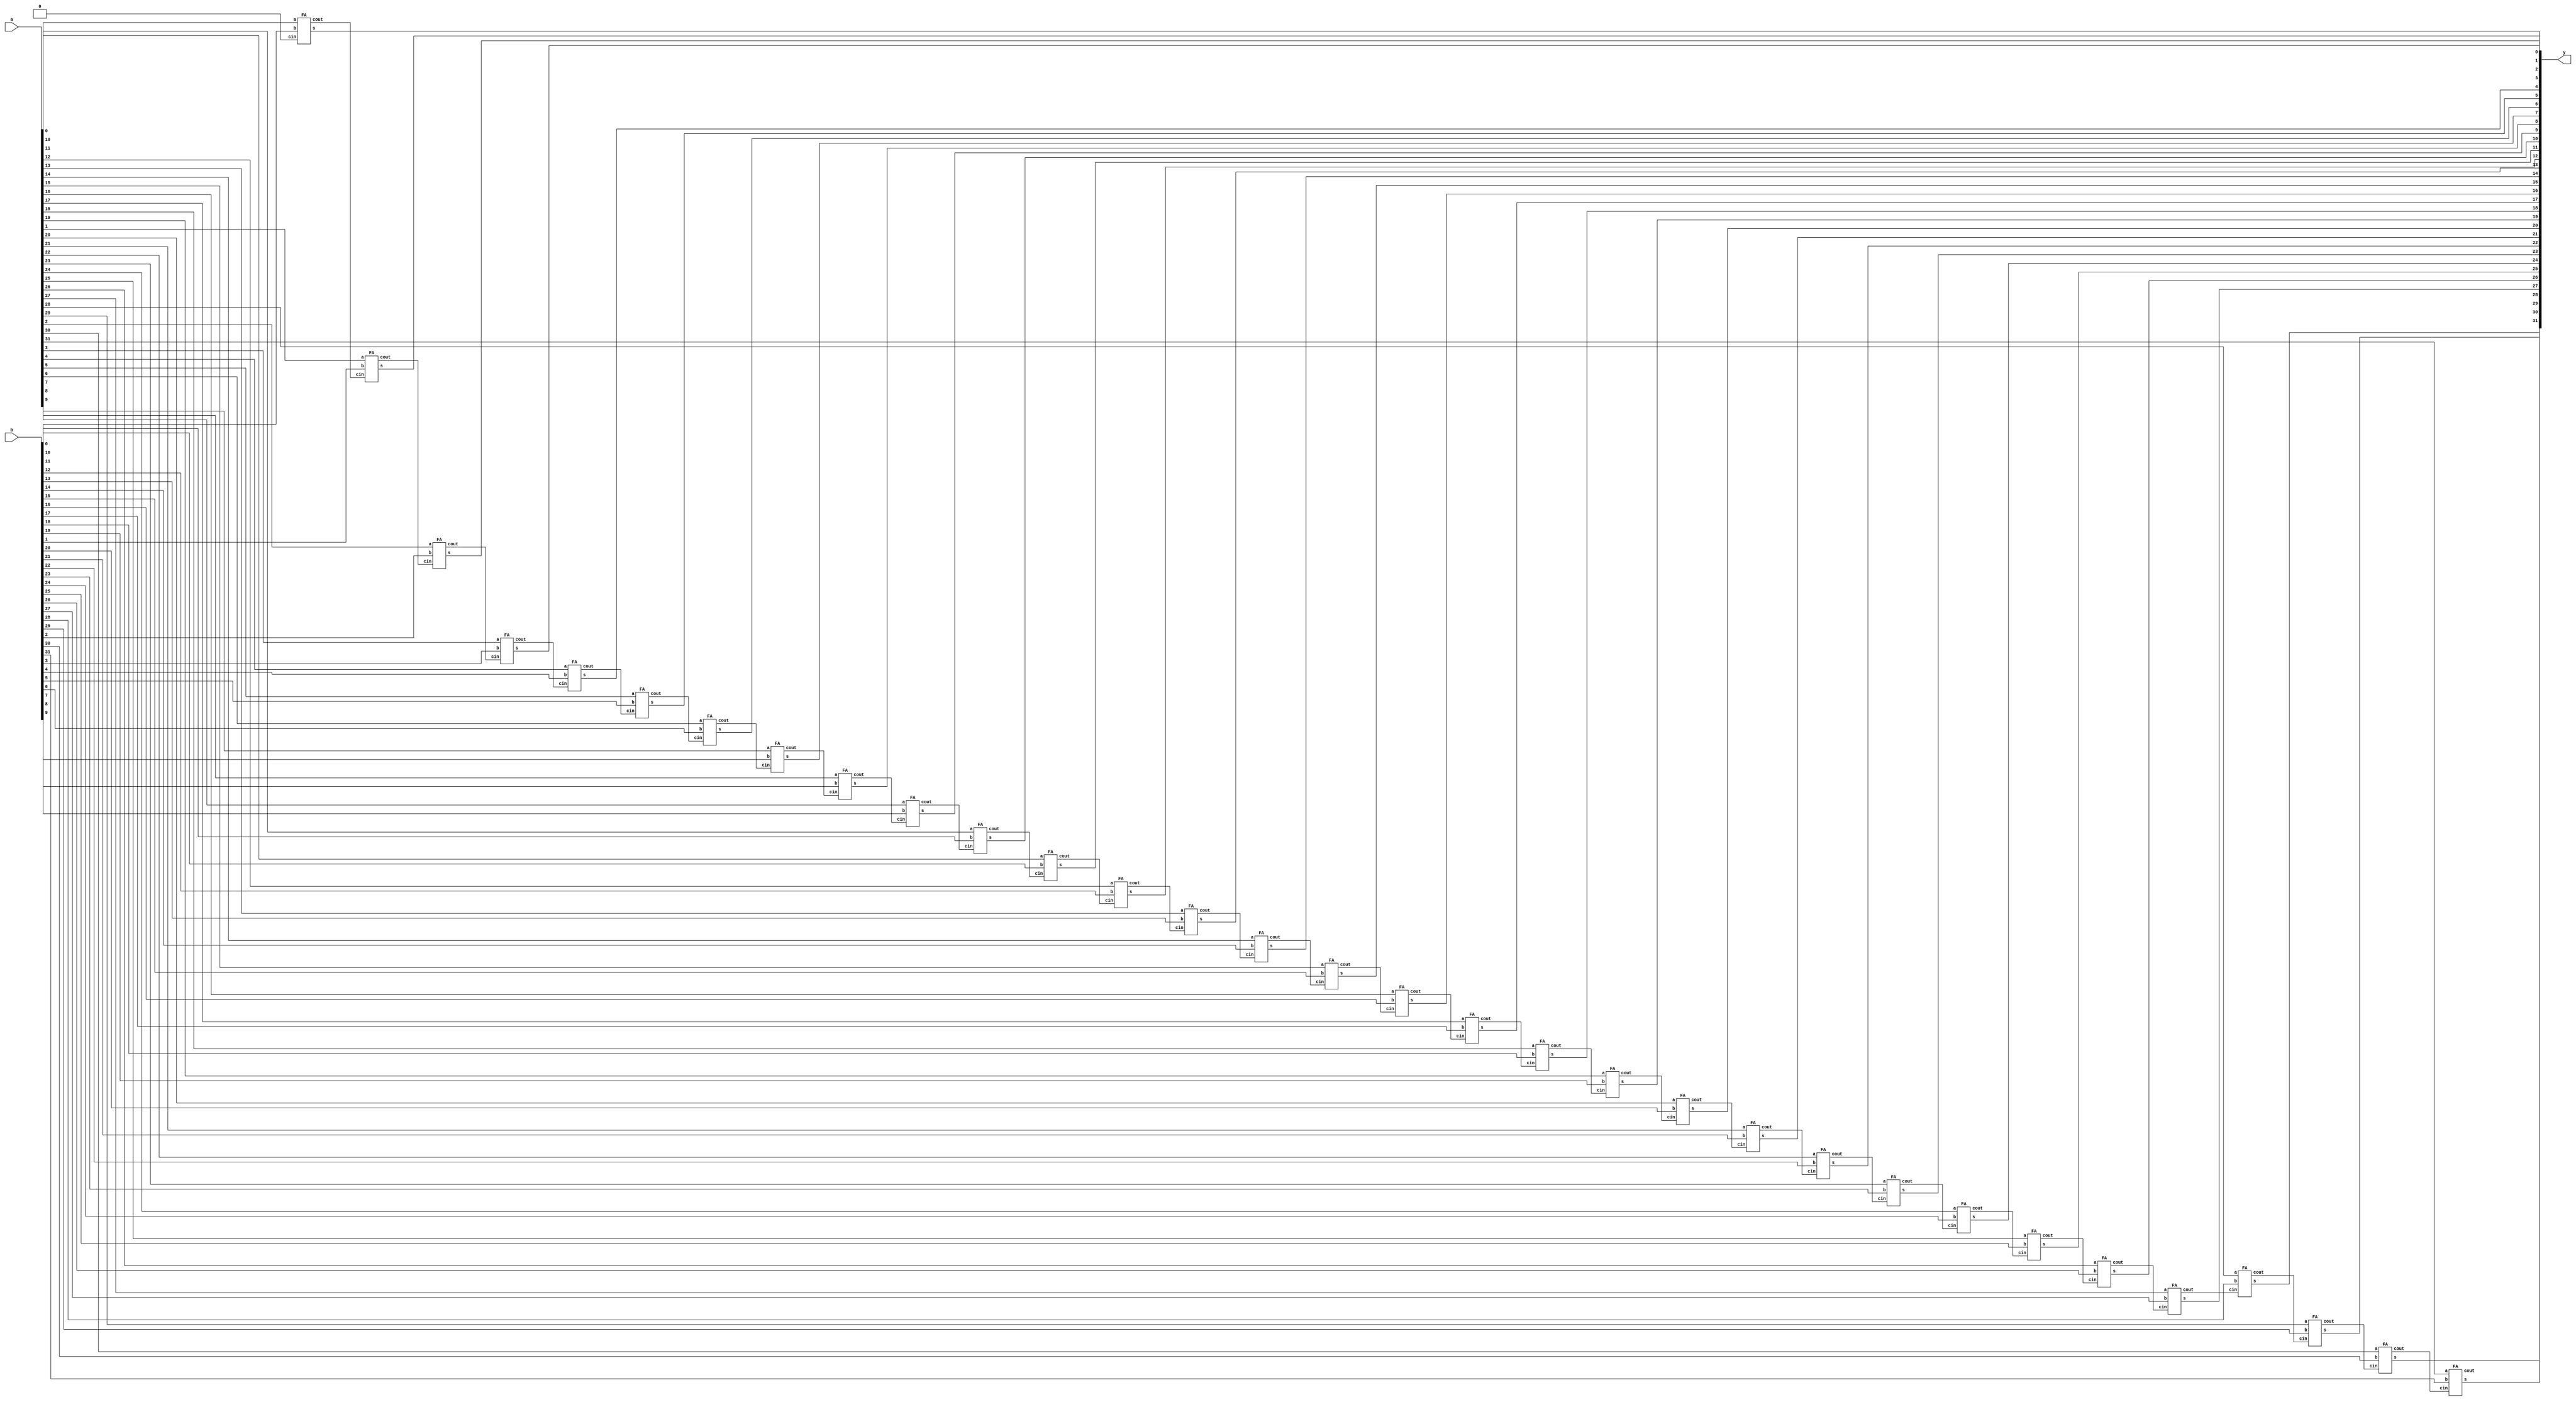
`timescale 1ns/1ns
module adder (a,b,y);
parameter n=32;
input [n-1:0] a,b;
wire [n:0] w;
output [n-1:0] y;
assign w[0]=0;
genvar i;
generate 
	for(i=0;i<=n-1;i=i+1) begin:adding
        FA FA_inst(.a(a[i]),.b(b[i]), .cin(w[i]), .cout(w[i+1]), .s(y[i]));
	end
endgenerate
endmodule
module FA(input a, input b, input cin, output cout, output s);
assign {cout,s}=a+b+cin;
endmodule